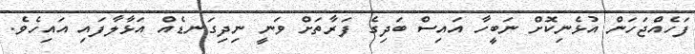
ފަހެއްޖަހަން އުޅެނިކޮށް ނަބީހާ އައިސް ބަދިގެ ފަރާތަށް ވަނީ ނިދިގަނޑެއް އަޅާލާފައި އައިހެވެ.